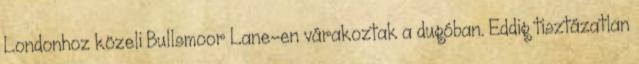
Londonhoz közeli Bullsmoor Lane-en várakoztak a dugóban. Eddig tisztázatlan